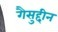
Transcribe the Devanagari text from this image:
गैसुद्दीन